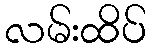
လမ်းထိပ်